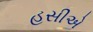
હસીએ